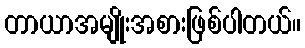
တာယာအမျိုးအစားဖြစ်ပါတယ်။